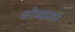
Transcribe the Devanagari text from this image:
कोय्यासन